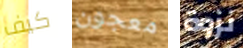
كيف معجون نزوة